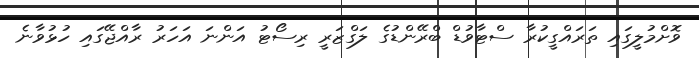
ވޮށްމުލީގައި ތަރައްގީކުރާ ސްޓާވުޑް ބްރޭންޑުގެ ލަގްޒަރީ ރިސޯޓު އަންނަ އަހަރު ރާއްޖޭގައި ހުޅުވާނެ